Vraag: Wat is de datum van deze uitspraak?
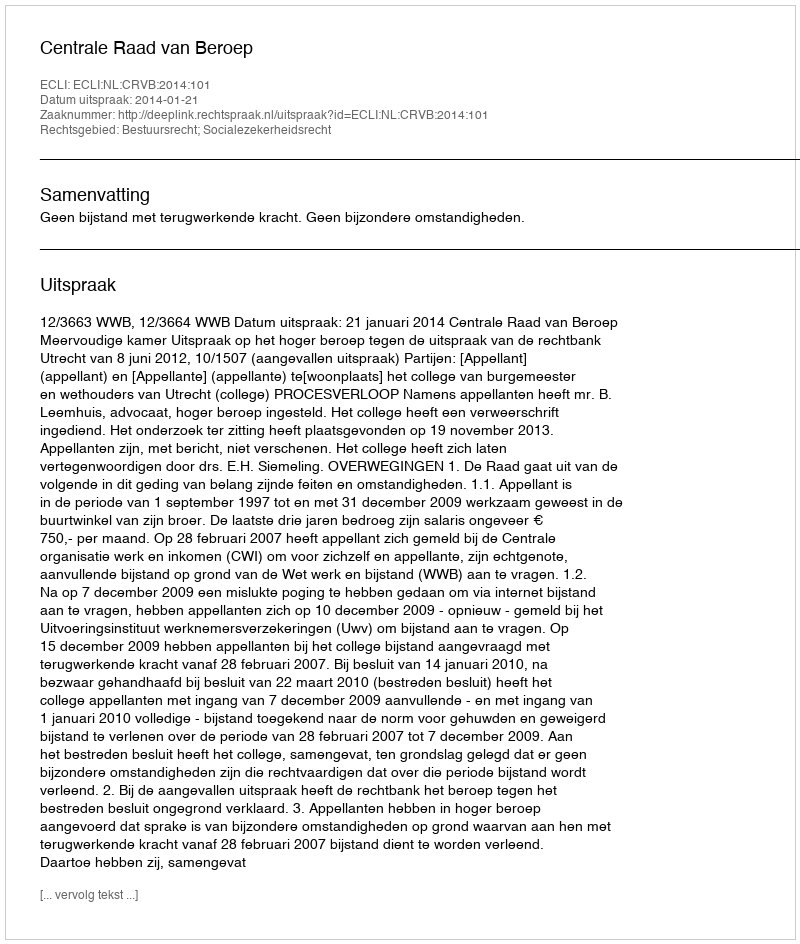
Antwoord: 2014-01-21